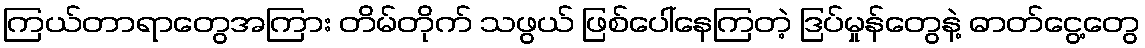
ကြယ်တာရာတွေအကြား တိမ်တိုက် သဖွယ် ဖြစ်ပေါ်နေကြတဲ့ ဒြပ်မှုန်တွေနဲ့ ဓာတ်ငွေ့တွေ